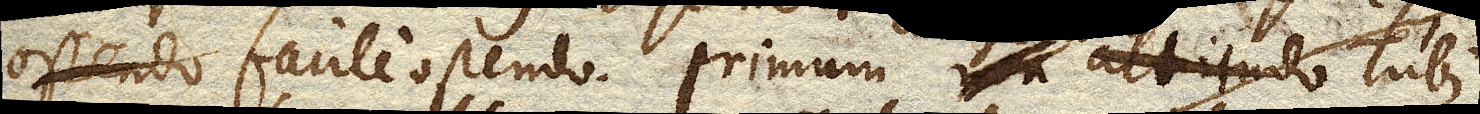
facile ostendo. Primum non altitudo Tubi